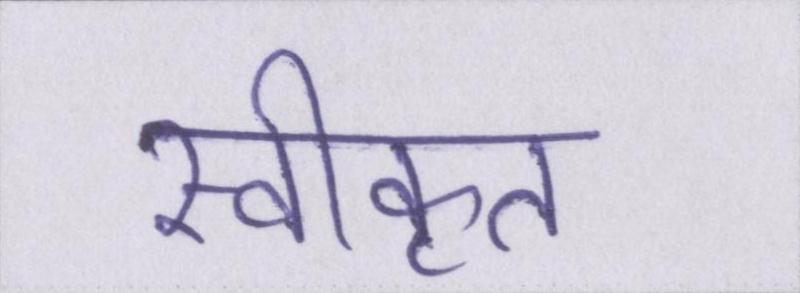
स्वीकृत